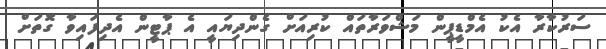
ސަރުކާރާ އެކު އެމްޑީޕީން މަޝްވަރާތައް ކުރިއަށް ގެންދިޔައީ އެ ޕާޓީން އެދިފައިވާ ގޮތަށް